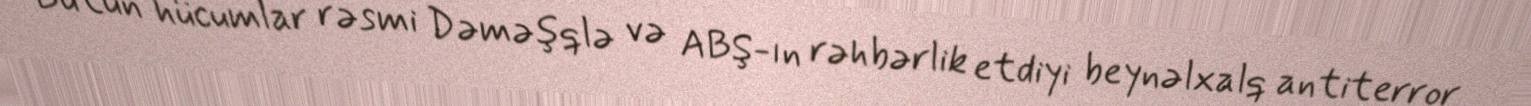
Bütün hücumlar rəsmi Dəməşqlə və ABŞ-ın rəhbərlik etdiyi beynəlxalq antiterror